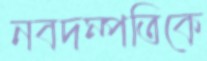
নবদম্পতিকে